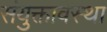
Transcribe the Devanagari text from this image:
संयुक्तावस्था